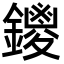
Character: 鑁